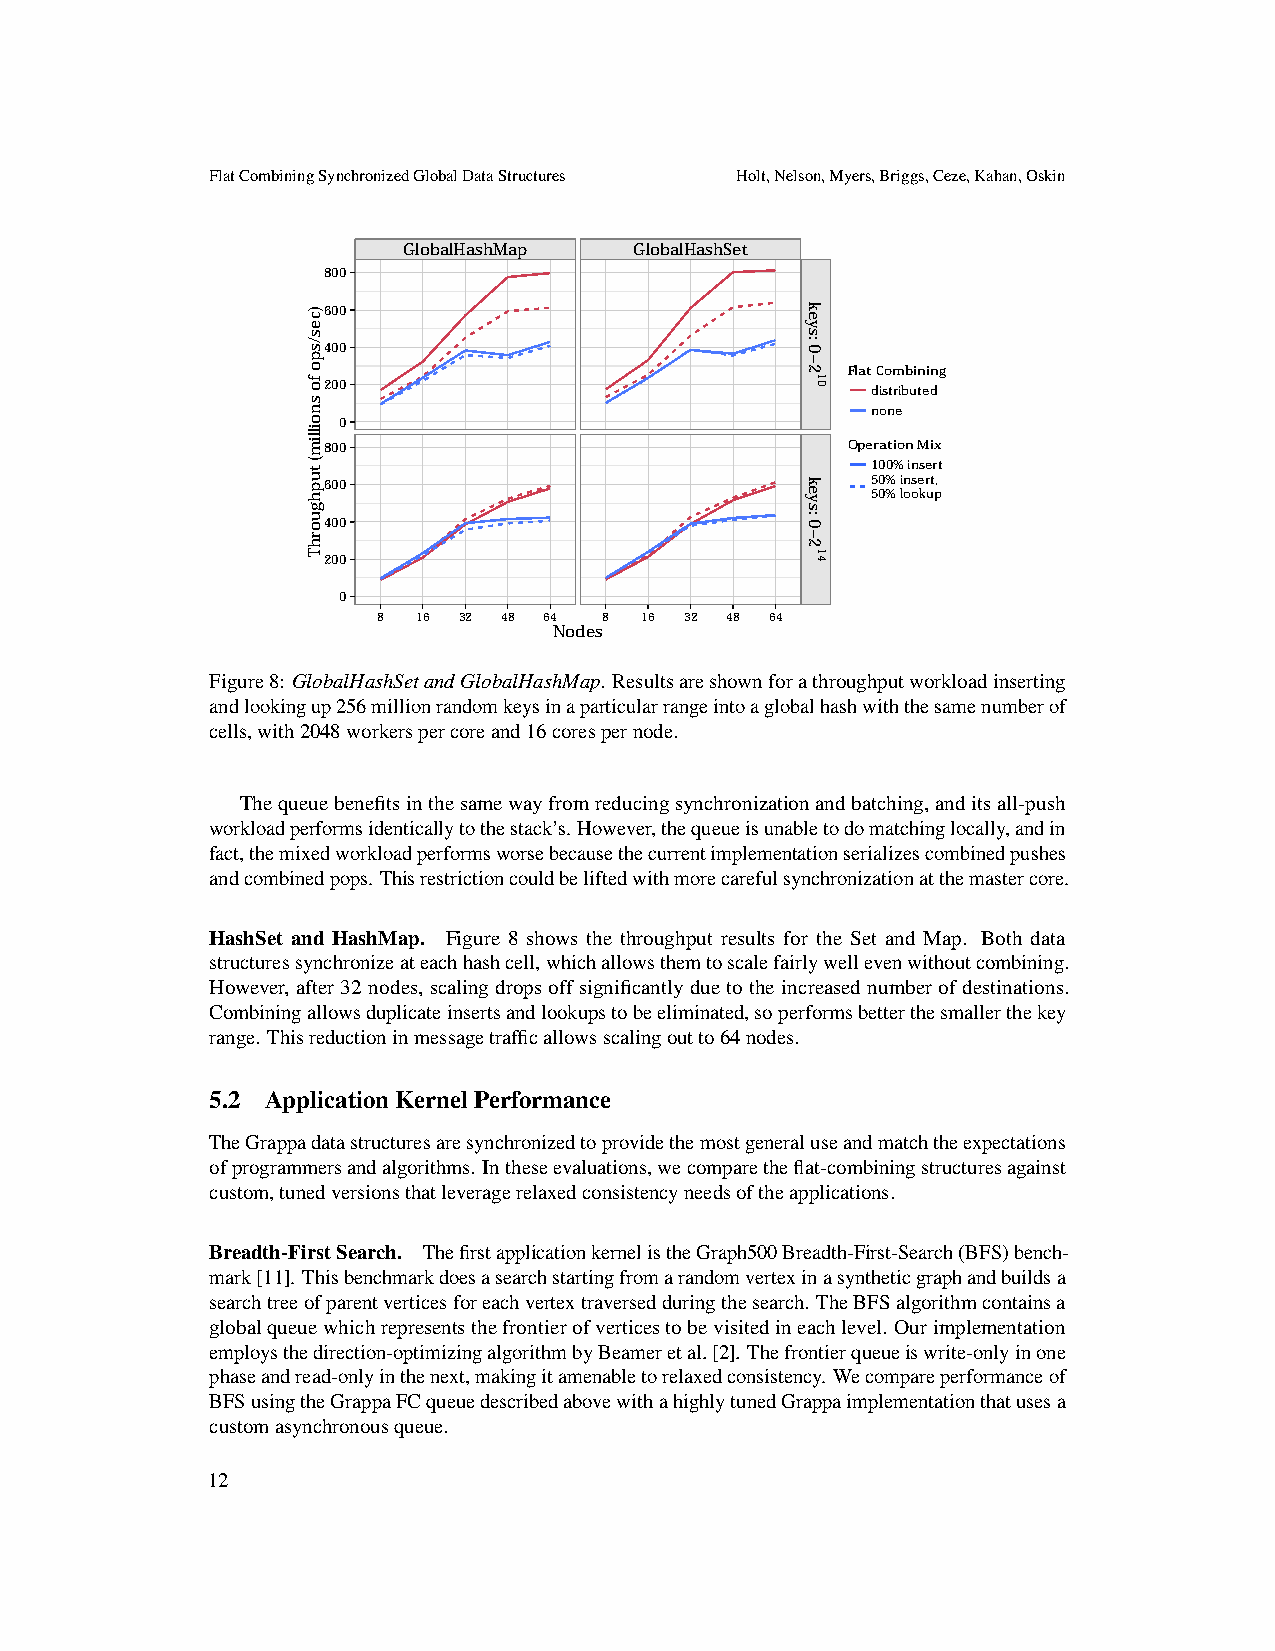
FlatCombiningSynchronizedGlobalDataStructures Holt,Nelson,Myers,Briggs,Ceze,Kahan,Oskin
 GlobalHashMap  GlobalHashSet
 800
 600
 400
 Flat Combining
 200                                  distributed
 none
 0
 800                                Operation Mix
 100% insert
 600                                  50% insert,
 50% lookup
 400
 200
 0
 8  16 32 48 64 8 16 32 48 64
 Nodes
 Figure8: GlobalHashSetandGlobalHashMap. Resultsareshownforathroughputworkloadinserting
 andlookingup256millionrandomkeysinaparticularrangeintoaglobalhashwiththesamenumberof
 cells,with2048workerspercoreand16corespernode.
 Thequeuebenefitsinthesamewayfromreducingsynchronizationandbatching,anditsall-push
 workloadperformsidenticallytothestack’s. However,thequeueisunabletodomatchinglocally,andin
 fact,themixedworkloadperformsworsebecausethecurrentimplementationserializescombinedpushes
 andcombinedpops. Thisrestrictioncouldbeliftedwithmorecarefulsynchronizationatthemastercore.
 HashSet and HashMap. Figure 8 shows the throughput results for the Set and Map. Both data
 structuressynchronizeateachhashcell,whichallowsthemtoscalefairlywellevenwithoutcombining.
 However, after32nodes, scalingdropsoffsignificantlyduetotheincreasednumberofdestinations.
 Combiningallowsduplicateinsertsandlookupstobeeliminated,soperformsbetterthesmallerthekey
 range. Thisreductioninmessagetrafficallowsscalingoutto64nodes.
 5.2 ApplicationKernelPerformance
 TheGrappadatastructuresaresynchronizedtoprovidethemostgeneraluseandmatchtheexpectations
 ofprogrammersandalgorithms. Intheseevaluations,wecomparetheflat-combiningstructuresagainst
 custom,tunedversionsthatleveragerelaxedconsistencyneedsoftheapplications.
 Breadth-FirstSearch. ThefirstapplicationkernelistheGraph500Breadth-First-Search(BFS)bench-
 mark[11]. Thisbenchmarkdoesasearchstartingfromarandomvertexinasyntheticgraphandbuildsa
 searchtreeofparentverticesforeachvertextraversedduringthesearch. TheBFSalgorithmcontainsa
 globalqueuewhichrepresentsthefrontierofverticestobevisitedineachlevel. Ourimplementation
 employsthedirection-optimizingalgorithmbyBeameretal.[2]. Thefrontierqueueiswrite-onlyinone
 phaseandread-onlyinthenext,makingitamenabletorelaxedconsistency. Wecompareperformanceof
 BFSusingtheGrappaFCqueuedescribedabovewithahighlytunedGrappaimplementationthatusesa
 customasynchronousqueue.
 12
 )ces/spo
 fo
 snoillim(
 tuphguorhT
 keys:
 0−2
 keys:
 0−2
 10
 14